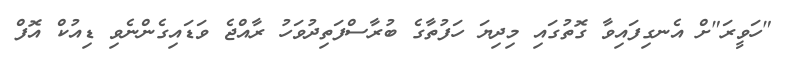
"ހަވީރަ"ށް އެނގިފައިވާ ގޮތުގައި މިދިޔަ ހަފުތާގެ ބުރާސްފަތިދުވަހު ރާއްޖެ ވަޑައިގެންނެވި ޑިއުކް އޮފް